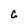
Character: C